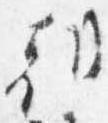
朝